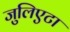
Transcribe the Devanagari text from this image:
जुलिएटा